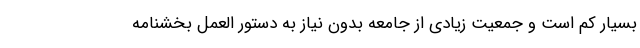
بسیار کم است و جمعیت زیادی از جامعه بدون نیاز به دستور العمل بخشنامه